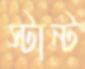
স্টান্ট